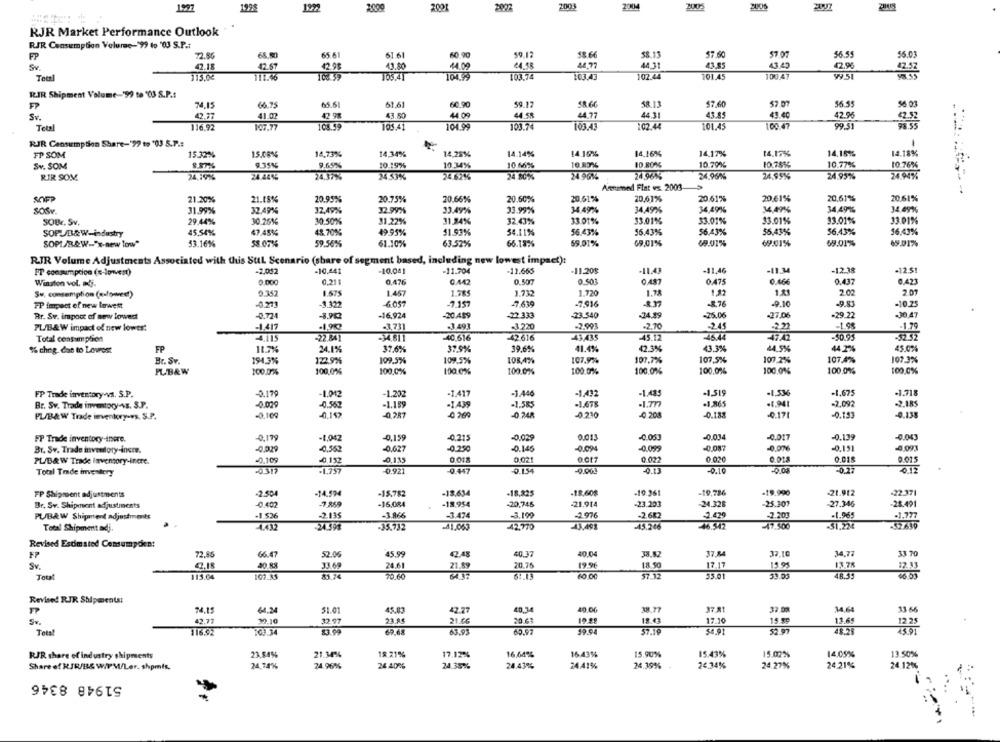
1227
1925
1922
2001
2003
2004
1099
RJR Market Performance Outlook
RIR Consumption Volume-'99 to '03 S.P .:
56.55
FP
72.6
6590
65 61
61.61
60.90
59.17
58.66
58.13
57.60
57.07
55.03
Sv
42.18
42.67
42.98
43.80
44.00
24.77
44.31
43.85
43.43
42.90
102.44
100.47
1252
Teel
115.08
111.46
10859
105.41
104.99
103.74
103.43
101.45
R.IR Shipment Volume-'99 te '℃3 S.P .:
66.75
65.61
61.61
60.90
59.17
SR.GG
58.13
$7.60
$7 .07
56.55
FP
74.15
36 03
Sv.
42.77
41.02
43.80
44.09
44 58
44.77
44 31
43.85
41.40
42.96
Tetal
116.92
107.77
108.59
105.41
104.99
103.74
103.43
102.44
101.45
100.47
99.51
RJR Consumption Share-'97 to '03 S.P .:
FP SOM
15.32%
15.08%
14,73%
14,34%
14,25%%
14.14%
14.10%
14.16%%
14.17%
14.17%
14.16%
14.18%
9.35%%
9.65%
10.19%
10.34%
10 66%
10.83%
10.80%
10.79%
10.78%
10.77%
10.76%
SY. SOM
8.87%
RIR SOM
24,19%
24.44%
24.37%%
24.53%
24.62%
24.80%
24 96%
24,96%%
24.96%
24,95%
24.95%
24.94%
Annimed Flat vs 2003-
21.20%
21.18%
20.95%
20.75%
20.66%
20.60%
20.61%
20,61%
20.61%
20.61%
20.61%
20.61%
34.49%
34,49%%
34,49%6
34,491%
34.49%
SOSY
31.99%
32.49%
32,49%
32.99%
33.49%
33.99%
34,49%%
SOBr. Sv,
29.44%
30.26%
30.50%
31.22%
31.34%
32.43%
33.01%
33.01%
33.01%
33.01%
33.01%
33.01%
45,54%
47.48%
48.70%
49.95%
51.53%
56.43%
56.43%
56.43%
55.43%
56,43%
56.43%
SOPL/B&W-industry
34.11%
SOPL/B&W -. "x-new low"
53.16%
58.079%
59.56%
61.10%
63.52%
66.18%
59.01%
69,01%
69.01%
69:01%
69.01%
69.01%
RIR Volume Adjustments Associated with this Sttl Scenario (share of segment based, including new lowest impact):
PT consumption (s-lowest)
-2.052
-10.441
-10.041
-11.704
-11.665
-11.20$
-11.43
-11,46
-11.34
-12.38
-12.5
Winston vol. alj.
0.000
0,21 1
0,476
0.442
0.487
0.475
0.46€
0.437
0.423
Sv, consumption (aalowee!)
9.157
1.675
1.457
1.732
1.720
1.78
1.32
2.02
2 01
TP impact of new lowest
-0.271
-1.322
-6057
-7.157
-7.639
-7,916
-8.76
-9.10
-10.25
Rr. Sv. impact of new lowest
-0.724
-16,924
-20.459
-22 333
-23.540
-34.89
-25.06
-27.06
-29.22
-30.47
PL/B&W impact of new lowes:
-1902
-3.49
-3.220
-2.991
-2.70
-2.45
-1.94
-1.79
22
Total consumption
4.115
22 84Y
-40.616
42616
43,435
45.13
-46.44
-50.95
% chng. dat to Lovrost
FP
11.7%
24.1%
37.6%
37.9%
39.6%
41.4%
42.3%
43.3%
44.5%
44,2%
45.0%
Br. Sv.
194,3%
122.9%
109.5%
109.5%%
105,4%
107.97%
107,7%
107,5%
107.2%
107.4%
107.3%
FLB&W
100.0%
100,0%
100,0%
100.0%
100.0%
100.0%
100.0%
100.0%
100.0%%
100.0%
100,0%
FP Trade inventory-vs. S.P.
-3,170
-1.012
-1.417
-1.446
-1.432
-1.519
-1.536
-1.675
-1.718
-1.202
Br. Sv. Trade inventory/+s. S.P.
-0.079
-0.562
-1.189
-1499
-1.585
-1.678
·1.865
.f.941
-2,092
-2.185
PU/BAW Trade inventory-vs. S.P.
-0,100
-0.192
-0.287
0 269
-0 748
-0.210
+0 208
-0.188
4.17
-0.793
-0.138
FP Trade inventory-inere.
-0,179
-1,042
-0,159
-0.215
-0,029
0.013
-0.053
-0.034
-0.017
-0.139
4.00
-0.087
-4,093
Br. Sv. Trade inventory-incre.
-0.029
-0,562
-0,627
-0.250
-0.146
-0.095
-0,151
PL/B&W Trade laventory-inere.
-0,109
-0.152
-0,135
0.018
0.021
0.022
0.020
0.018
0.018
9.015
Total Trade investory
-0.921
0.447
-0.154
-0.003
-0.13
-0.10
-0.08
-0.27
0.12
FP Shipment adjustments
-2.504
-14.594
-15.782
-18.634
-18.825
-18.60$
-19.361
-19,726
-19.990
-21.912
-22.371
Br. Sw. Shipment adjustments
-0.402
-7 859
-16.084
-18.954
-20,745
-21.914
-23.203
-24.328
-25.307
27.346
-28.491
PU/BAW Shipment adjustments
-1.526
-2.135
-3866
-3.474
3.100
-2.976
-2682
2.429
-2.203
-1.965
-1.777
4.432
-24.39
-35.732
-41.063
-42.770
43.491
-45.206
46.542
-19.500
-31.224
-52639
Total Shipment adj
Revised Estimated Cemsumpcien:
FP
72.86
66.47
52.06
45.99
42.48
40.37
40.04
33.82
37.84
32.10
34,7
33 70
4.18
40 88
33.69
24.61
20.75
19.96
18 50
17.17
15 91
13.78
12.33
Sv.
21.89
Total
113.04
107.35
81.74
70.60
57.12
55.01
48.5:
90.00
Revised RJR Shipments:
74.15
51.01
45.83
42.27
40.34
40.06
38.77
37.81
37 .08
14.64
33 66
Sv.
42,77
30.10
32.97
23.84
21.66
20.63
19 55
18.43
17.10
15.89
11.65
116.3:
83.00
69.68
60.97
19.94
57.19
52 97
48.28
45.01
Total
103.34
63.93
23.84%
21.34%
18.21%
17.12%
16,64%
16.43%
15.90%
15.43%
15.02%
14,05%
13 50%
RJR share of industry shipments
Share of KJR/B& W/PM/Ler. shpmts.
24,74%
24.96%
24 40%
24.35%
24.43%
24.41%
24,39%
24,34%
24.27%
24.21%
24.12%
51948 8346